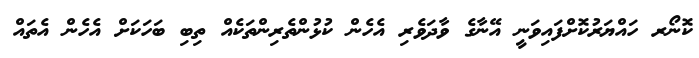
ކޮނޯރ ހައްޔަރުކޮށްފައިވަނީ އޭނާގެ ވާދަވެރި އެހެން ކުޅުންތެރިންތަކެއް ތިބި ބަހަކަށް އެހެން އެތައް